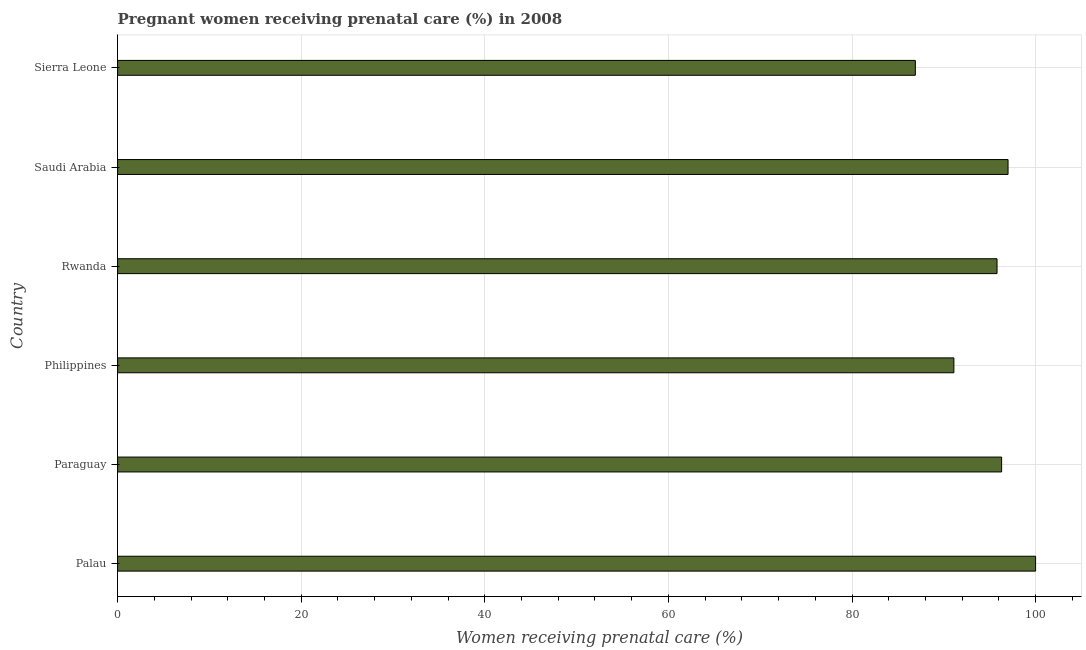
| Country | Pregnant women receiving prenatal care |
 | --- | --- |
 | Palau | 100 |
 | Paraguay | 96.3 |
 | Philippines | 91.1 |
 | Rwanda | 95.8 |
 | Saudi Arabia | 97 |
 | Sierra Leone | 86.9 |